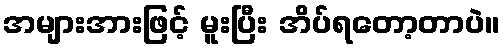
အများအားဖြင့် မူးပြီး အိပ်ရတော့တာပဲ။